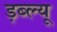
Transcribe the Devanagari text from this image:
ड़ब्ल्यू